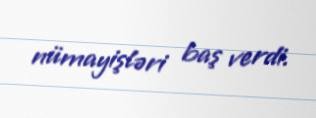
nümayişləri baş verdi.